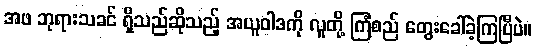
အဖ ဘုရားသခင် ရှိသည်ဆိုသည့် အယူဝါဒကို လူတို့ ကြံစည် တွေးခေါ်ခဲ့ကြပြီပဲ။